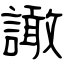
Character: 譀